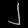
Digit: ၂